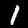
Label: 1